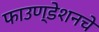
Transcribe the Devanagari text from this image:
फाउण्डेशनचे